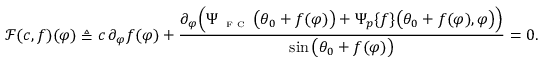
\mathscr { F } ( c , f ) ( \varphi ) \triangleq c \, \partial _ { \varphi } f ( \varphi ) + \frac { \partial _ { \varphi } \Big ( \Psi _ { \textnormal { \tiny { F C } } } \big ( \theta _ { 0 } + f ( \varphi ) \big ) + \Psi _ { p } \{ f \} \big ( \theta _ { 0 } + f ( \varphi ) , \varphi \big ) \Big ) } { \sin \big ( \theta _ { 0 } + f ( \varphi ) \big ) } = 0 .